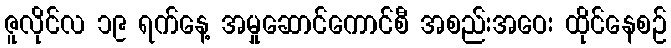
ဇူလိုင်လ ၁၉ ရက်နေ့ အမှုဆောင်ကောင်စီ အစည်းအဝေး ထိုင်နေစဉ်